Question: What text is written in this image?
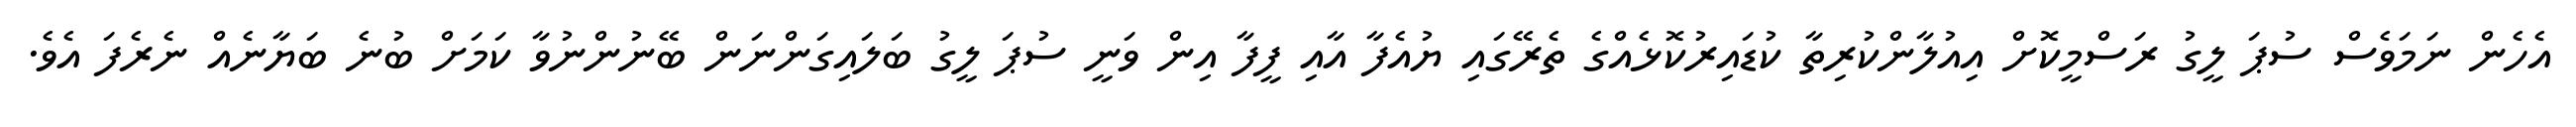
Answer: އެހެން ނަމަވެސް ސުޕަ ލީގު ރަސްމީކޮށް އިއުލާންކުރިތާ ކުޑައިރުކޮޅެއްގެ ތެރޭގައި ޔުއެފާ އާއި ފީފާ އިން ވަނީ ސުޕަ ލީގު ބަލައިގަންނަން ބޭނުންނުވާ ކަމަށް ބުނެ ބަޔާނެއް ނެރެފަ އެވެ.